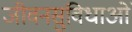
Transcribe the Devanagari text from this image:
जीवनसुविधाओं